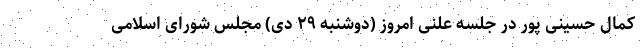
کمال حسینی پور در جلسه علنی امروز (دوشنبه ۲۹ دی) مجلس شورای اسلامی